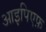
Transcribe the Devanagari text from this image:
आइपिएफ़